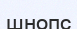
шнопс